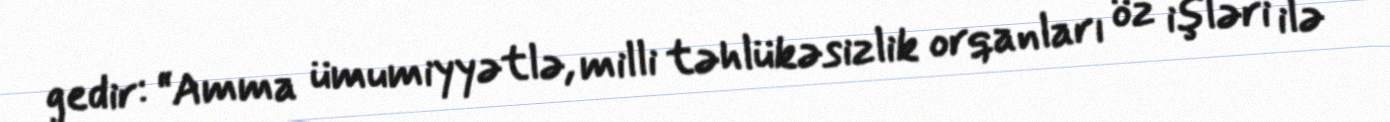
gedir: “Amma ümumiyyətlə, milli təhlükəsizlik orqanları öz işləri ilə